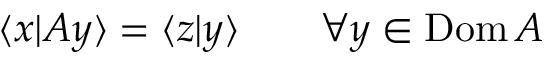
\langle x | A y \rangle = \langle z | y \rangle \qquad \forall y \in \operatorname { D o m } A